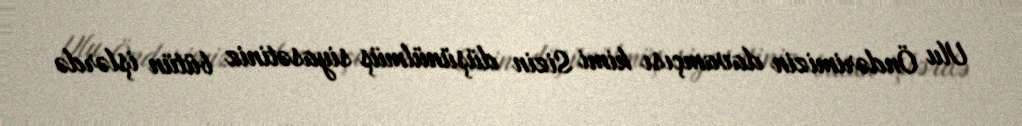
Ulu Öndərimizin davamçısı kimi Sizin düşünülmüş siyasətiniz bütün işlərdə